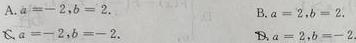
A. $a = - 2,b = 2$.
B. $a = 2,b = 2$.
C. $a=-2,b = - 2$.
D. $a = 2,b=-2$.